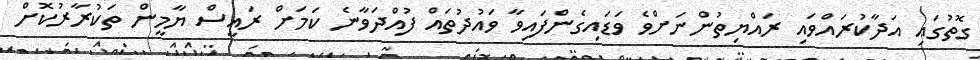
ގޮތުގައި އަދާކުރައްވައި ރައްޔިތުންނަށްވެ ވަޑައިގެންފައިވާ ވައުދުތައް ފުއްދަވާނެ ކަމަށް ރައީސް ޔާމީން ތަކުރާރުކޮށް